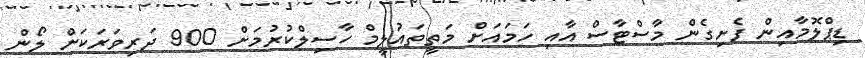
ޑިޕްލޮމާއިން ފެށިގެން މާސްޓާސް އާއި ހަމައަށް މަތީތައުލީމް ހާސިލްކުރުމަށް 900 ދަރިވަރަކަށް ލޯން